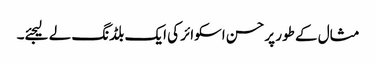
مثال کے طور پر حسن اسکوائر کی ایک بلڈنگ لے لیجئے۔